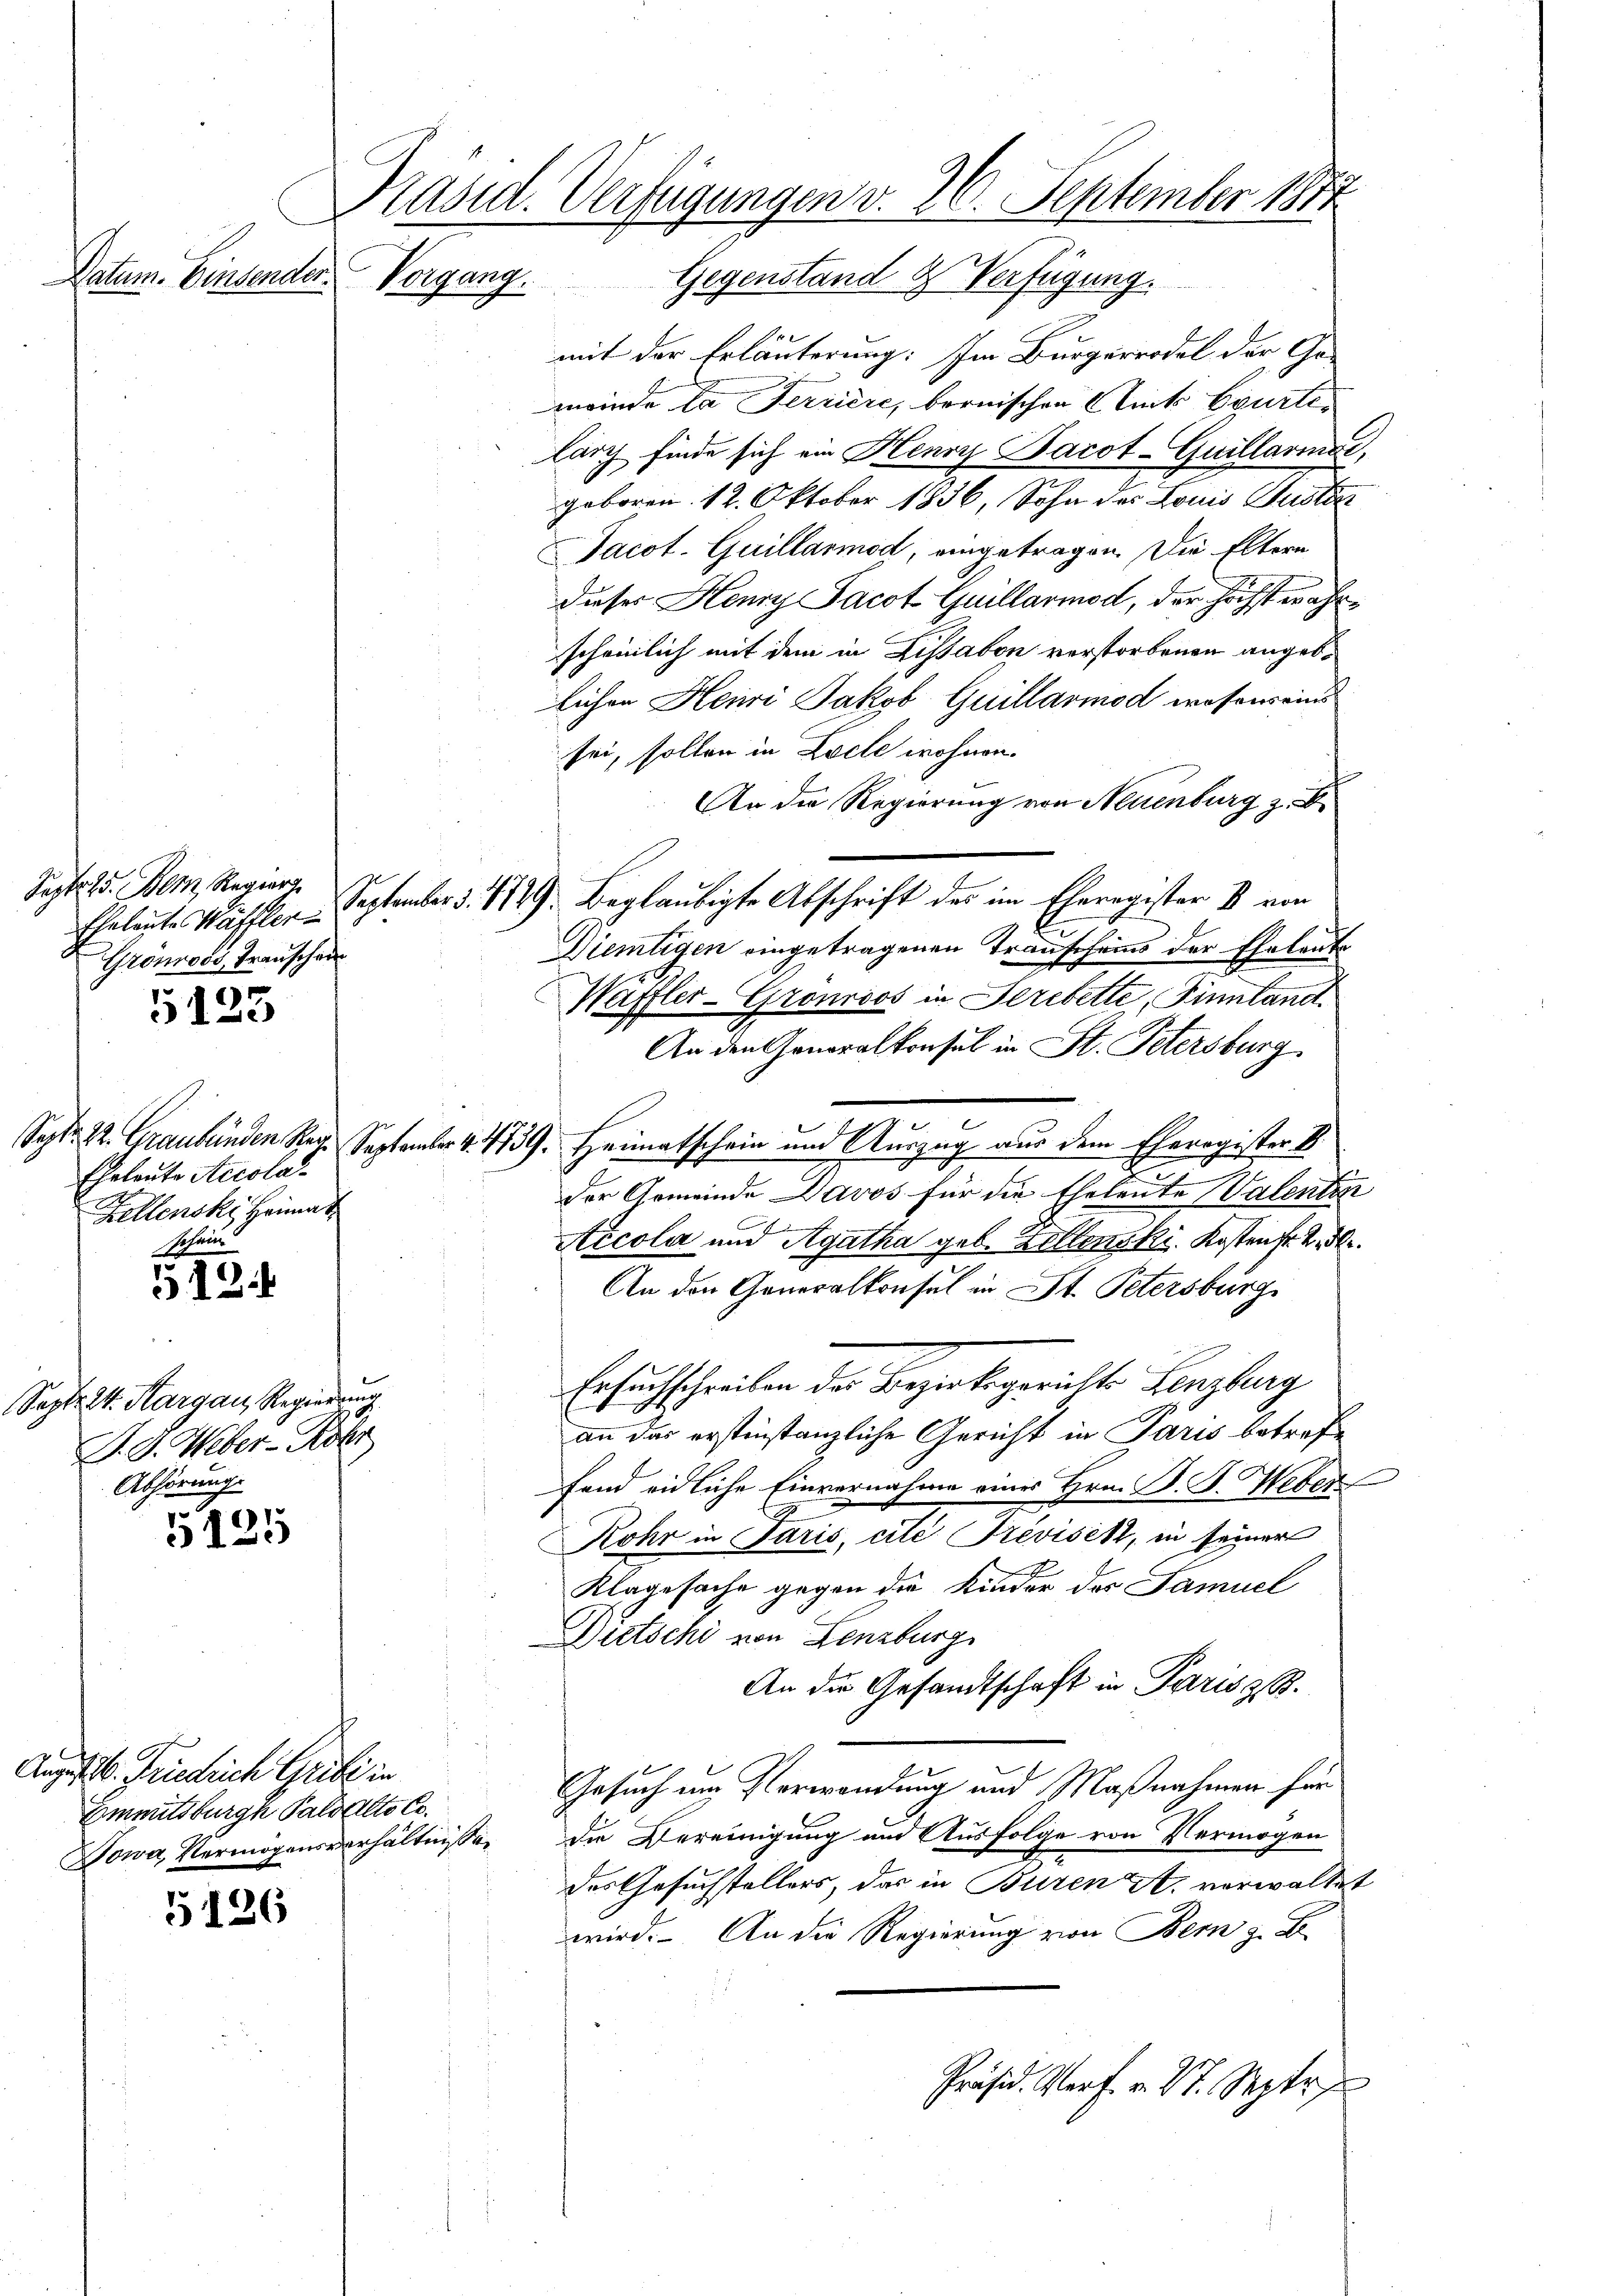
Eheleute Waffler
Grönroco, Transcher

Datum. Einsender.

5125

512.

Sept. 24. Margau, Regierung
J. G. Weber-Röhr
Abhörung.

5125

August 20. Friedrich Grube in
Emmitsburgh Paloalte Co

5126

Präsid. Verfügungen v. 26. September 1811

Eheleute Accola
Kellenski Heimat
schein

Vorgang. Gegenstand & Verfügung.
mit der Erläuterung: Im Bürgerrodel der Ge-
meinde la Feriere, bernischen Amt beurtelarg finde sich ein Henry Bacot-Guillariat,
geboren 12. Oktober 1836, Sohn des Louis Justin
Jacot. Quillarmod, eingetragen. Die Eltern
dieser Henn Jacot Quillarmod, der höchst wahrscheinlich mit dem in Lissabon verstorbenen angeblichen Heiwi Jakob Guillarmod wesenreins
sei, sollen in Locle wohnen
An die Regierung von Neuenburg z. B
Sept. 15. Dem Regier. September 3. 1779. Beglaubigte Abschrift des im Eheregister B. von
Diemtigen eingetragenen Transcheins der Eheleute
Waffler-Gronrios in Strebette, Finnland
An den Generalkonsul in St. Petersburg
Sept. 22. Graubünden Reg. September 4. 419. Heimatschein und Auszug aus dem Eheregister B.
der Gemeinde Davos für die Eheleute Valentin
Aicola und Agatha geb. Zellenski. Kosten fr. 2. 30.
An den Generalkonsul in St. Petersburg
Ersuchschreiben der Bezirksgerichts Lenzburg
an das erstinstanzliche Gericht in Paris betreffend eidliche Einvernahme eines Hrn. B. G. Weber
Rohr in Paris, cite Trevisek, in seiner
Klagesache gegen die Kinder der Samuel
Dietschi von Lenzburg
An die Gesandtschaft in Paris z. B.
Gesuch im Verwendung und Maßnahmen für
Sowa, Vermögensverhältnisse die Vereinigung und Ausfolge von Vermögen
des Gesuchstellers, das in Buren A. verwaltet
wird. An die Regierung von Bern z. B.
Präsid. Verf. v. St. Septe